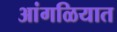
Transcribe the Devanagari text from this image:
आंगळियात